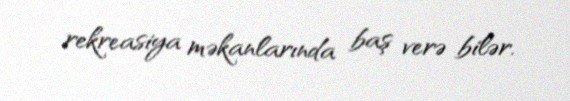
rekreasiya məkanlarında baş verə bilər.